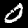
Label: 0